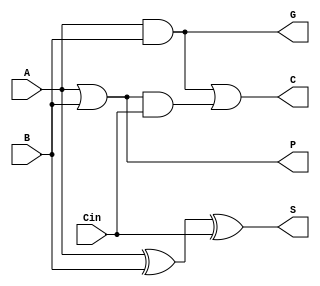
`timescale 1ns / 1ps

module look_ahead_adder

// Input and output ports
(A,
B,
Cin,
C,
S,
P,
G);


// Define external wires
input wire [0:0]A;
input wire [0:0]B;
input wire [0:0]Cin;
output wire [0:0]C;
output wire [0:0]S;
output wire [0:0]P;
output wire [0:0]G;

// Define internal wires 
wire [0:0]AxorB;
wire [0:0]AxorBandCin;
wire [0:0]AandB;

// Logic gates
assign AxorB = A ^ B;
assign AandB = A & B;

assign AxorBandCin = Cin & AxorB;
assign C = G | (P & Cin);

assign P = A | B;
assign G = A & B;
assign S = AxorB ^ Cin;

endmodule